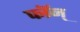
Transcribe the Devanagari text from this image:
फॉन्